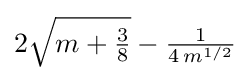
2{\sqrt {m+{\tfrac {3}{8}}}}-{\tfrac {1}{4\,m^{1/2}}}